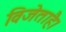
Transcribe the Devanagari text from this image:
विजेताहै।